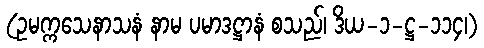
(ဥမက္ကသေနာသနံ နာမ ပမာဒဋ္ဌာနံ စသည်၊ ဒိယ-၁-ဋ္ဌ-၁၁၄၊)